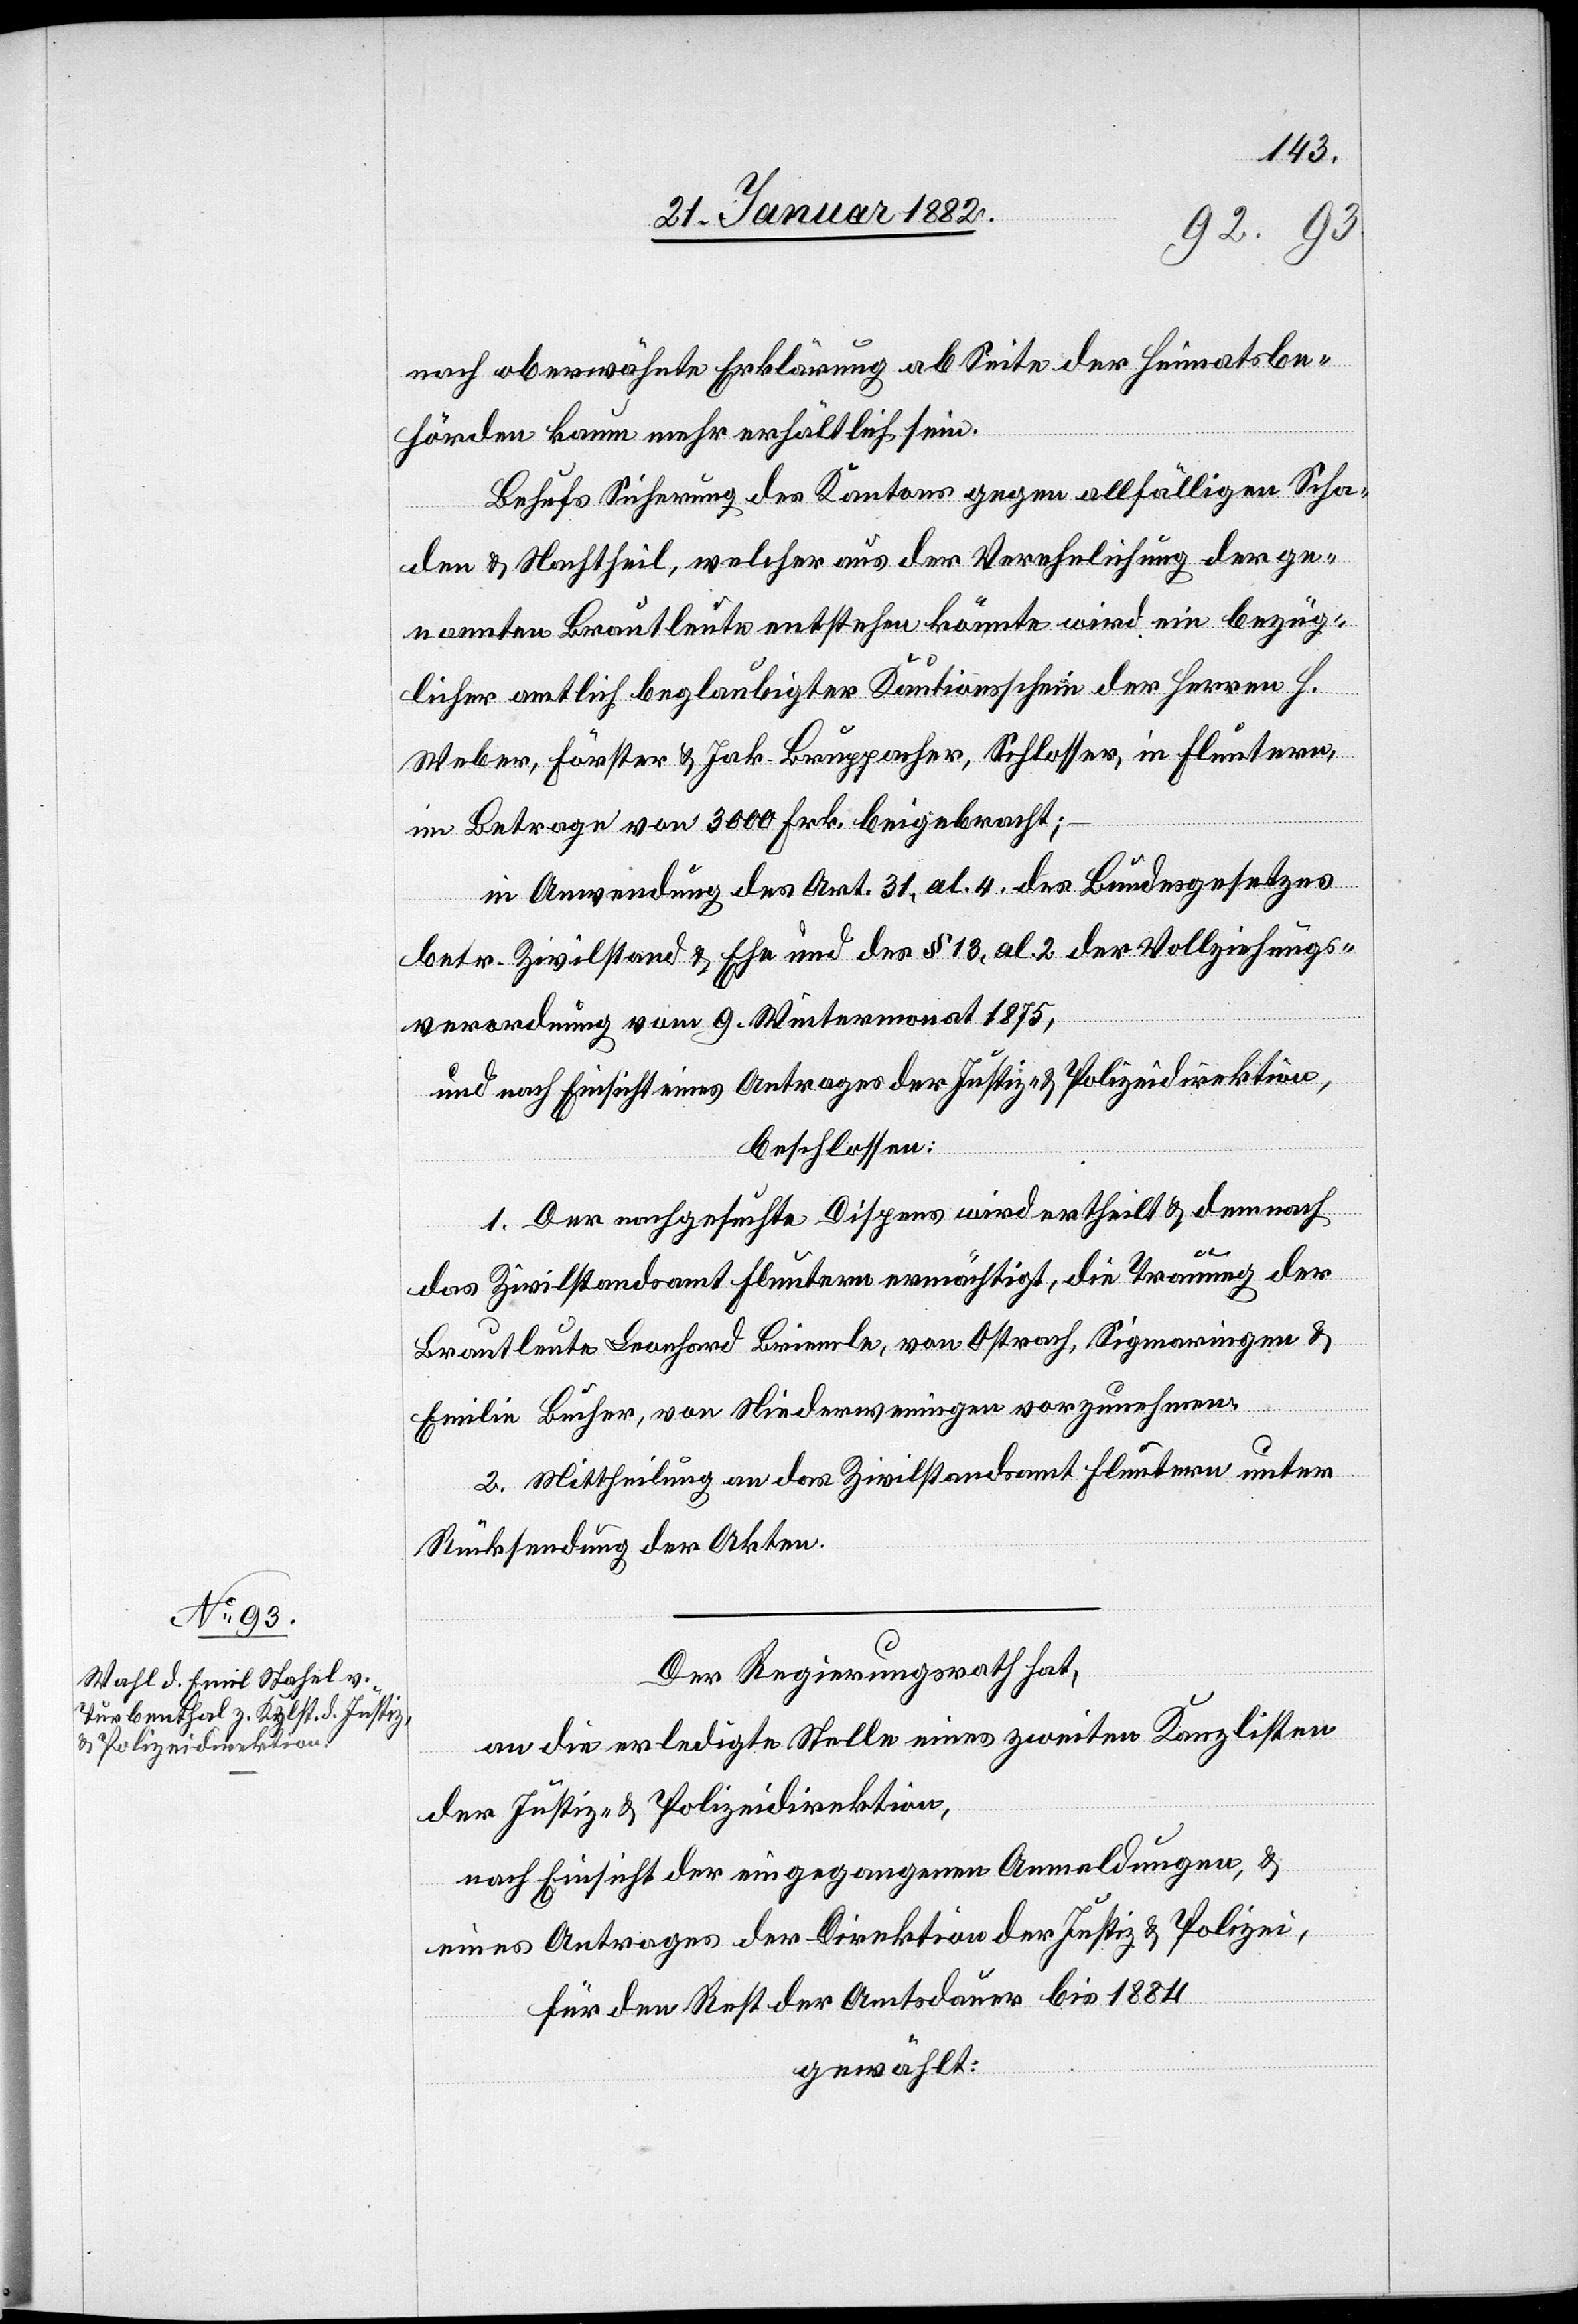
nach oberwähnte Erklärung ab Seite der Heimatsbe¬
hörde kaum mehr erhältlich sein.
Behufs Sicherung des Kantons gegen allfälligen Scha¬
den & Nachtheil, welcher aus der Verehelichung der ge¬
nannten Brautleute entstehen könnte wird ein bezüg¬
licher amtlich beglaubigter Kautionsschein der Herren H.
Weber, Förster & Jak. Bruppacher, Schlosser, in Fluntern,
im Betrage von 3000 Frk. beigebracht;
in Anwendung des Art. 31, al. 4. des Bundesgesetzes
betr. Zivilstand & Ehe und des § 13, al. 2 der Vollziehungs¬
verordnung vom 9. Wintermonat 1875,
und nach Einsicht eines Antrages der Justiz- & Polizeidirektion,
beschlossen:
1. Der nachgesuchte Dispens wird ertheilt & demnach
das Zivilstandsamt Fluntern ermächtigt, die Trauung der
Brautleute Leonhard Briemle, von Ostrach, Sigmaringen &
Emilie Bucher, von Niederweningen vorzunehmen.
2. Mittheilung an das Zivilstandesamt Fluntern unter
Rücksendung der Akten.
Der Regierungsrath hat,
an die erledigte Stelle eines zweiten Kanzlisten
der Justiz- & Polizeidirektion,
nach Einsicht der eingegangenen Anmeldungen, &
eines Antrages der Direktion der Justiz & Polizei,
für den Rest der Amtsdauer bis 1884
gewählt: